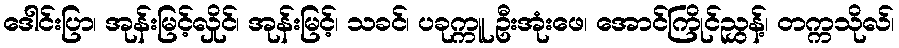
ဒေါင်းပြာ၊ အုန်းမြင့်လှိုင်၊ အုန်းမြင့်၊ သခင်၊ ပခုက္ကူ ဦးအုံးဖေ၊ အောင်ကြိုင်ညွှန့်၊ တက္ကသိုလ်၊